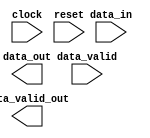
module conv5x5 (
    input clock,
    input reset,

    input [DWIDTH-1:0] data_in,
    input data_valid,

    output [DWIDTH-1:0] data_out,
    output data_valid_out

);
parameter DWIDTH = 8;

///
///

endmodule